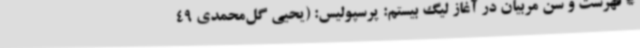
* فهرست و سن مربیان در آغاز لیگ بیستم: پرسپولیس: (یحیی گل‌محمدی 49